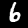
Digit: 6